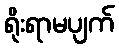
ရိုးရာမပျက်